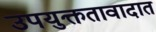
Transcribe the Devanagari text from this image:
उपयुक्ततावादात